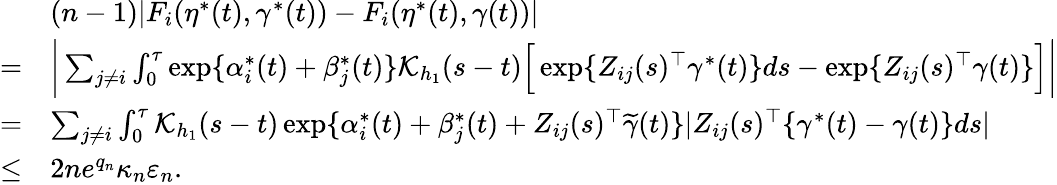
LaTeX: \begin{array}{rl}&{(n-1)|F_{i}(\eta^{*}(t),\gamma^{*}(t))-F_{i}(\eta^{*}(t),\gamma(t))|}\\ {=}&{\bigg|\sum_{j\neq i}\int_{0}^{\tau}\exp\{ \alpha_{i}^{*}(t)+\beta_{j}^{*}(t)\} \mathcal{K}_{h_{1}}(s-t)\Big[\exp\{ Z_{ij}(s)^{\top}\gamma^{*}(t)\} ds-\exp\{ Z_{ij}(s)^{\top}\gamma(t)\} \Big]\bigg|}\\ {=}&{\sum_{j\neq i}\int_{0}^{\tau}\mathcal{K}_{h_{1}}(s-t)\exp\{ \alpha_{i}^{*}(t)+\beta_{j}^{*}(t)+Z_{ij}(s)^{\top}\widetilde\gamma(t)\} |Z_{ij}(s)^{\top}\{ \gamma^{*}(t)-\gamma(t)\} ds|}\\ {\le}&{2ne^{q_{n}}\kappa_{n}\varepsilon_{n}.}\end{array}